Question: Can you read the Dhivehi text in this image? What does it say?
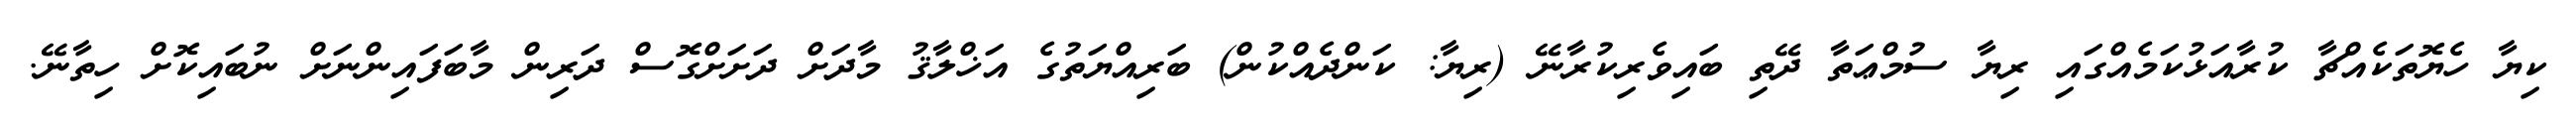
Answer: ކިޔާ ހެޔޮތަކެއްޗާ ކުރާއަޅުކަމެއްގައި ރިޔާ ސުމްޢަތާ ދޭތި ބައިވެރިކުރާނޭ (ރިޔާ: ކަންދެއްކުން) ބަރިއްޔަތުގެ އަޚްލާޤު މާދަށް ދަށަށްގޮސް ދަރިން މާބަފައިންނަށް ނުބައިކޮށް ހިތާނޭ.